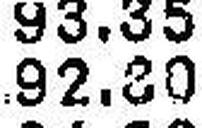
92.80